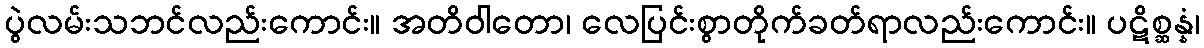
ပွဲလမ်းသဘင်လည်းကောင်း။ အတိဝါတော၊ လေပြင်းစွာတိုက်ခတ်ရာလည်းကောင်း။ ပဋိစ္ဆန္နံ၊